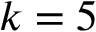
k = 5